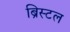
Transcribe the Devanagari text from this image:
ब्रिस्‍टल